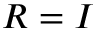
R = I